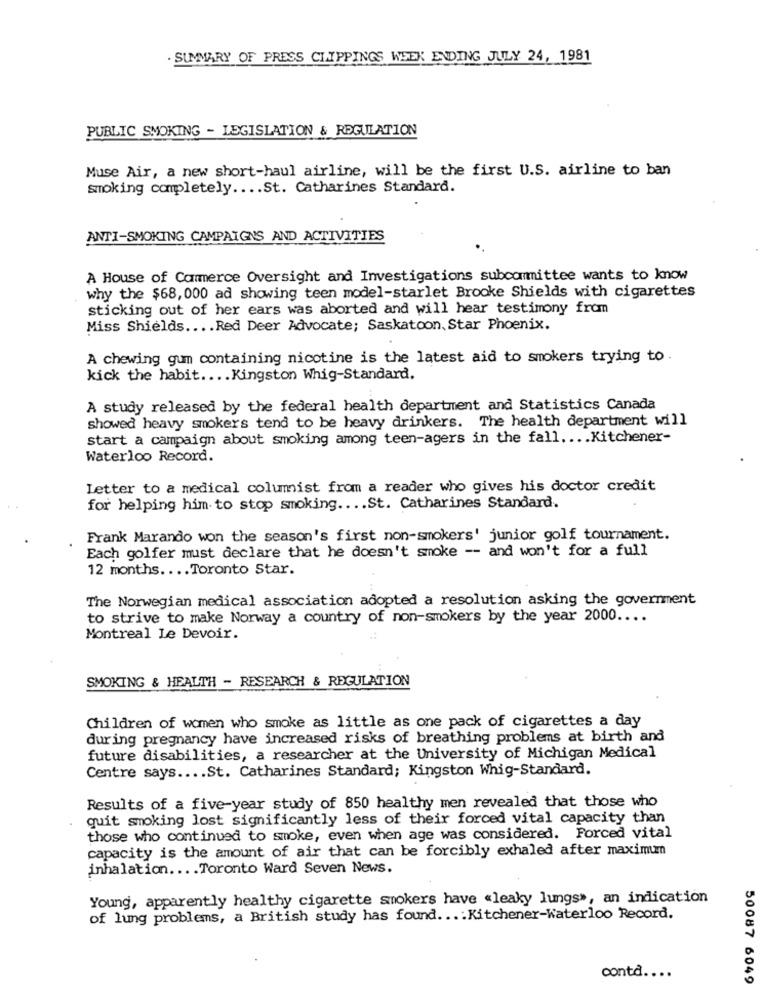
. SUMMARY OF PRESS CLIPPINGS WEEK ENDING JULY 24, 1981
PUBLIC SMOKING - LEGISLATION & REGULATION
Muse Air, a new short-haul airline, will be the first U.S. airline to ban
smoking completely .... St. Catharines Standard.
ANTI-SMOKING CAMPAIGNS AND ACTIVITIES
A House of Commerce Oversight and Investigations subcommittee wants to know
why the $68, 000 ad showing teen model-starlet Brooke Shields with cigarettes
sticking out of her ears was aborted and will hear testimony from
Miss Shields .... Red Deer Advocate; Saskatoon, Star Phoenix.
A chewing gum containing nicotine is the latest aid to smokers trying to .
kick the habit .... Kingston Whig-Standard.
A study released by the federal health department and Statistics Canada
showed heavy smokers tend to be heavy drinkers. The health department will
start a campaign about smoking among teen-agers in the fall .... Kitchener-
Waterloo Record.
Letter to a medical columist from a reader who gives his doctor credit
for helping him to stop smoking .... St. Catharines Standard.
Frank Marando won the season's first non-smokers' junior golf tournament.
Each golfer must declare that he doesn't smoke -- and won't for a full
12 months .... Toronto Star.
The Norwegian medical association adopted a resolution asking the government
to strive to make Norway a country of non-smokers by the year 2000 ....
Montreal Le Devoir.
SMOKING & HEALTH - RESEARCH & REGULATION
Children of women who smoke as little as one pack of cigarettes a day
during pregnancy have increased risks of breathing problems at birth and
future disabilities, a researcher at the University of Michigan Medical
Centre says .... St. Catharines Standard; Kingston Whig-Standard.
Results of a five-year study of 850 healthy men revealed that those who
quit smoking lost significantly less of their forced vital capacity than
those who continued to smoke, even when age was considered. Forced vital
capacity is the amount of air that can be forcibly exhaled after maximum
inhalation .... Toronto Ward Seven News.
Young, apparently healthy cigarette smokers have "leaky lungs», an indication
of lung problems, a British study has found ... : Kitchener-Waterloo Record.
contd ....
50087 6049